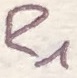
Text: R1